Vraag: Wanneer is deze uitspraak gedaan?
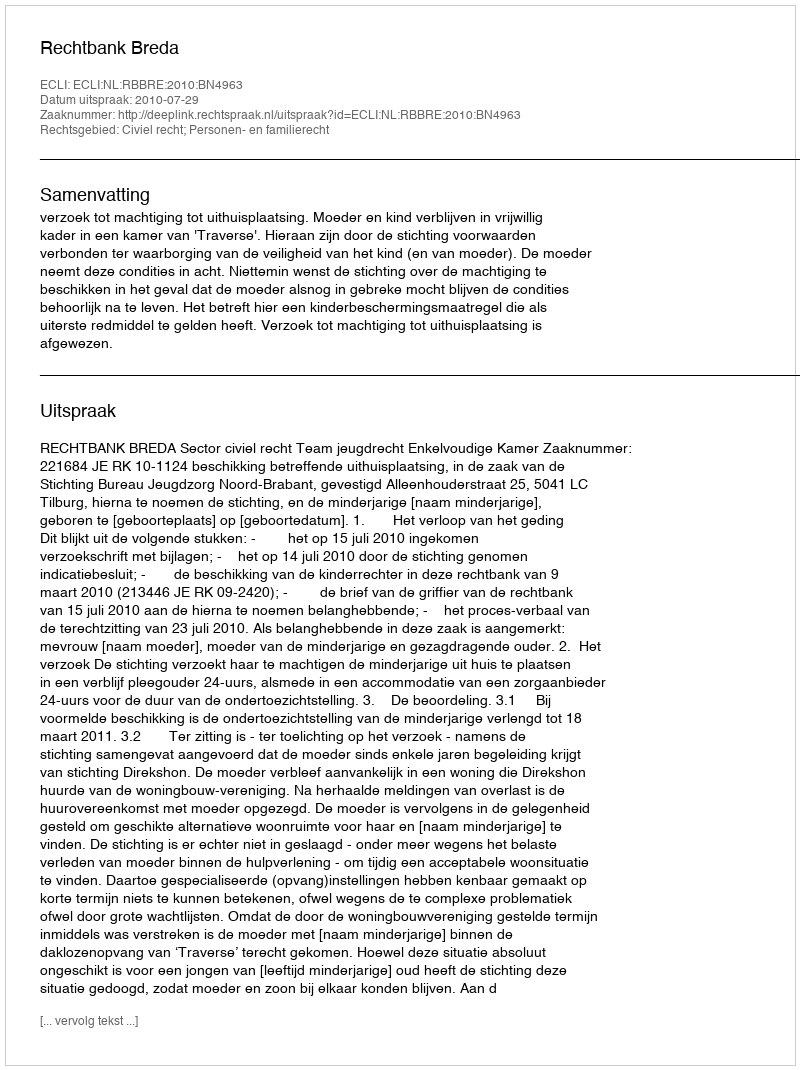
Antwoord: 2010-07-29